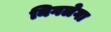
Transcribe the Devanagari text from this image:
निगलेगा